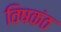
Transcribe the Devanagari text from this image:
विषकंठ